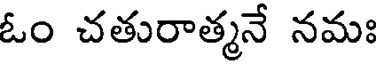
ఓం చతురాత్మనే నమః